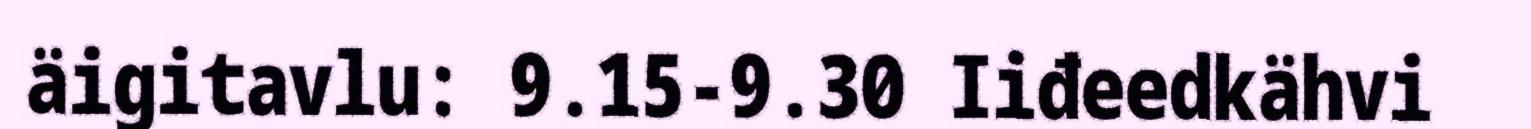
äigitavlu: 9.15-9.30 Iiđeedkähvi